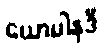
ယောပါနုဒီ